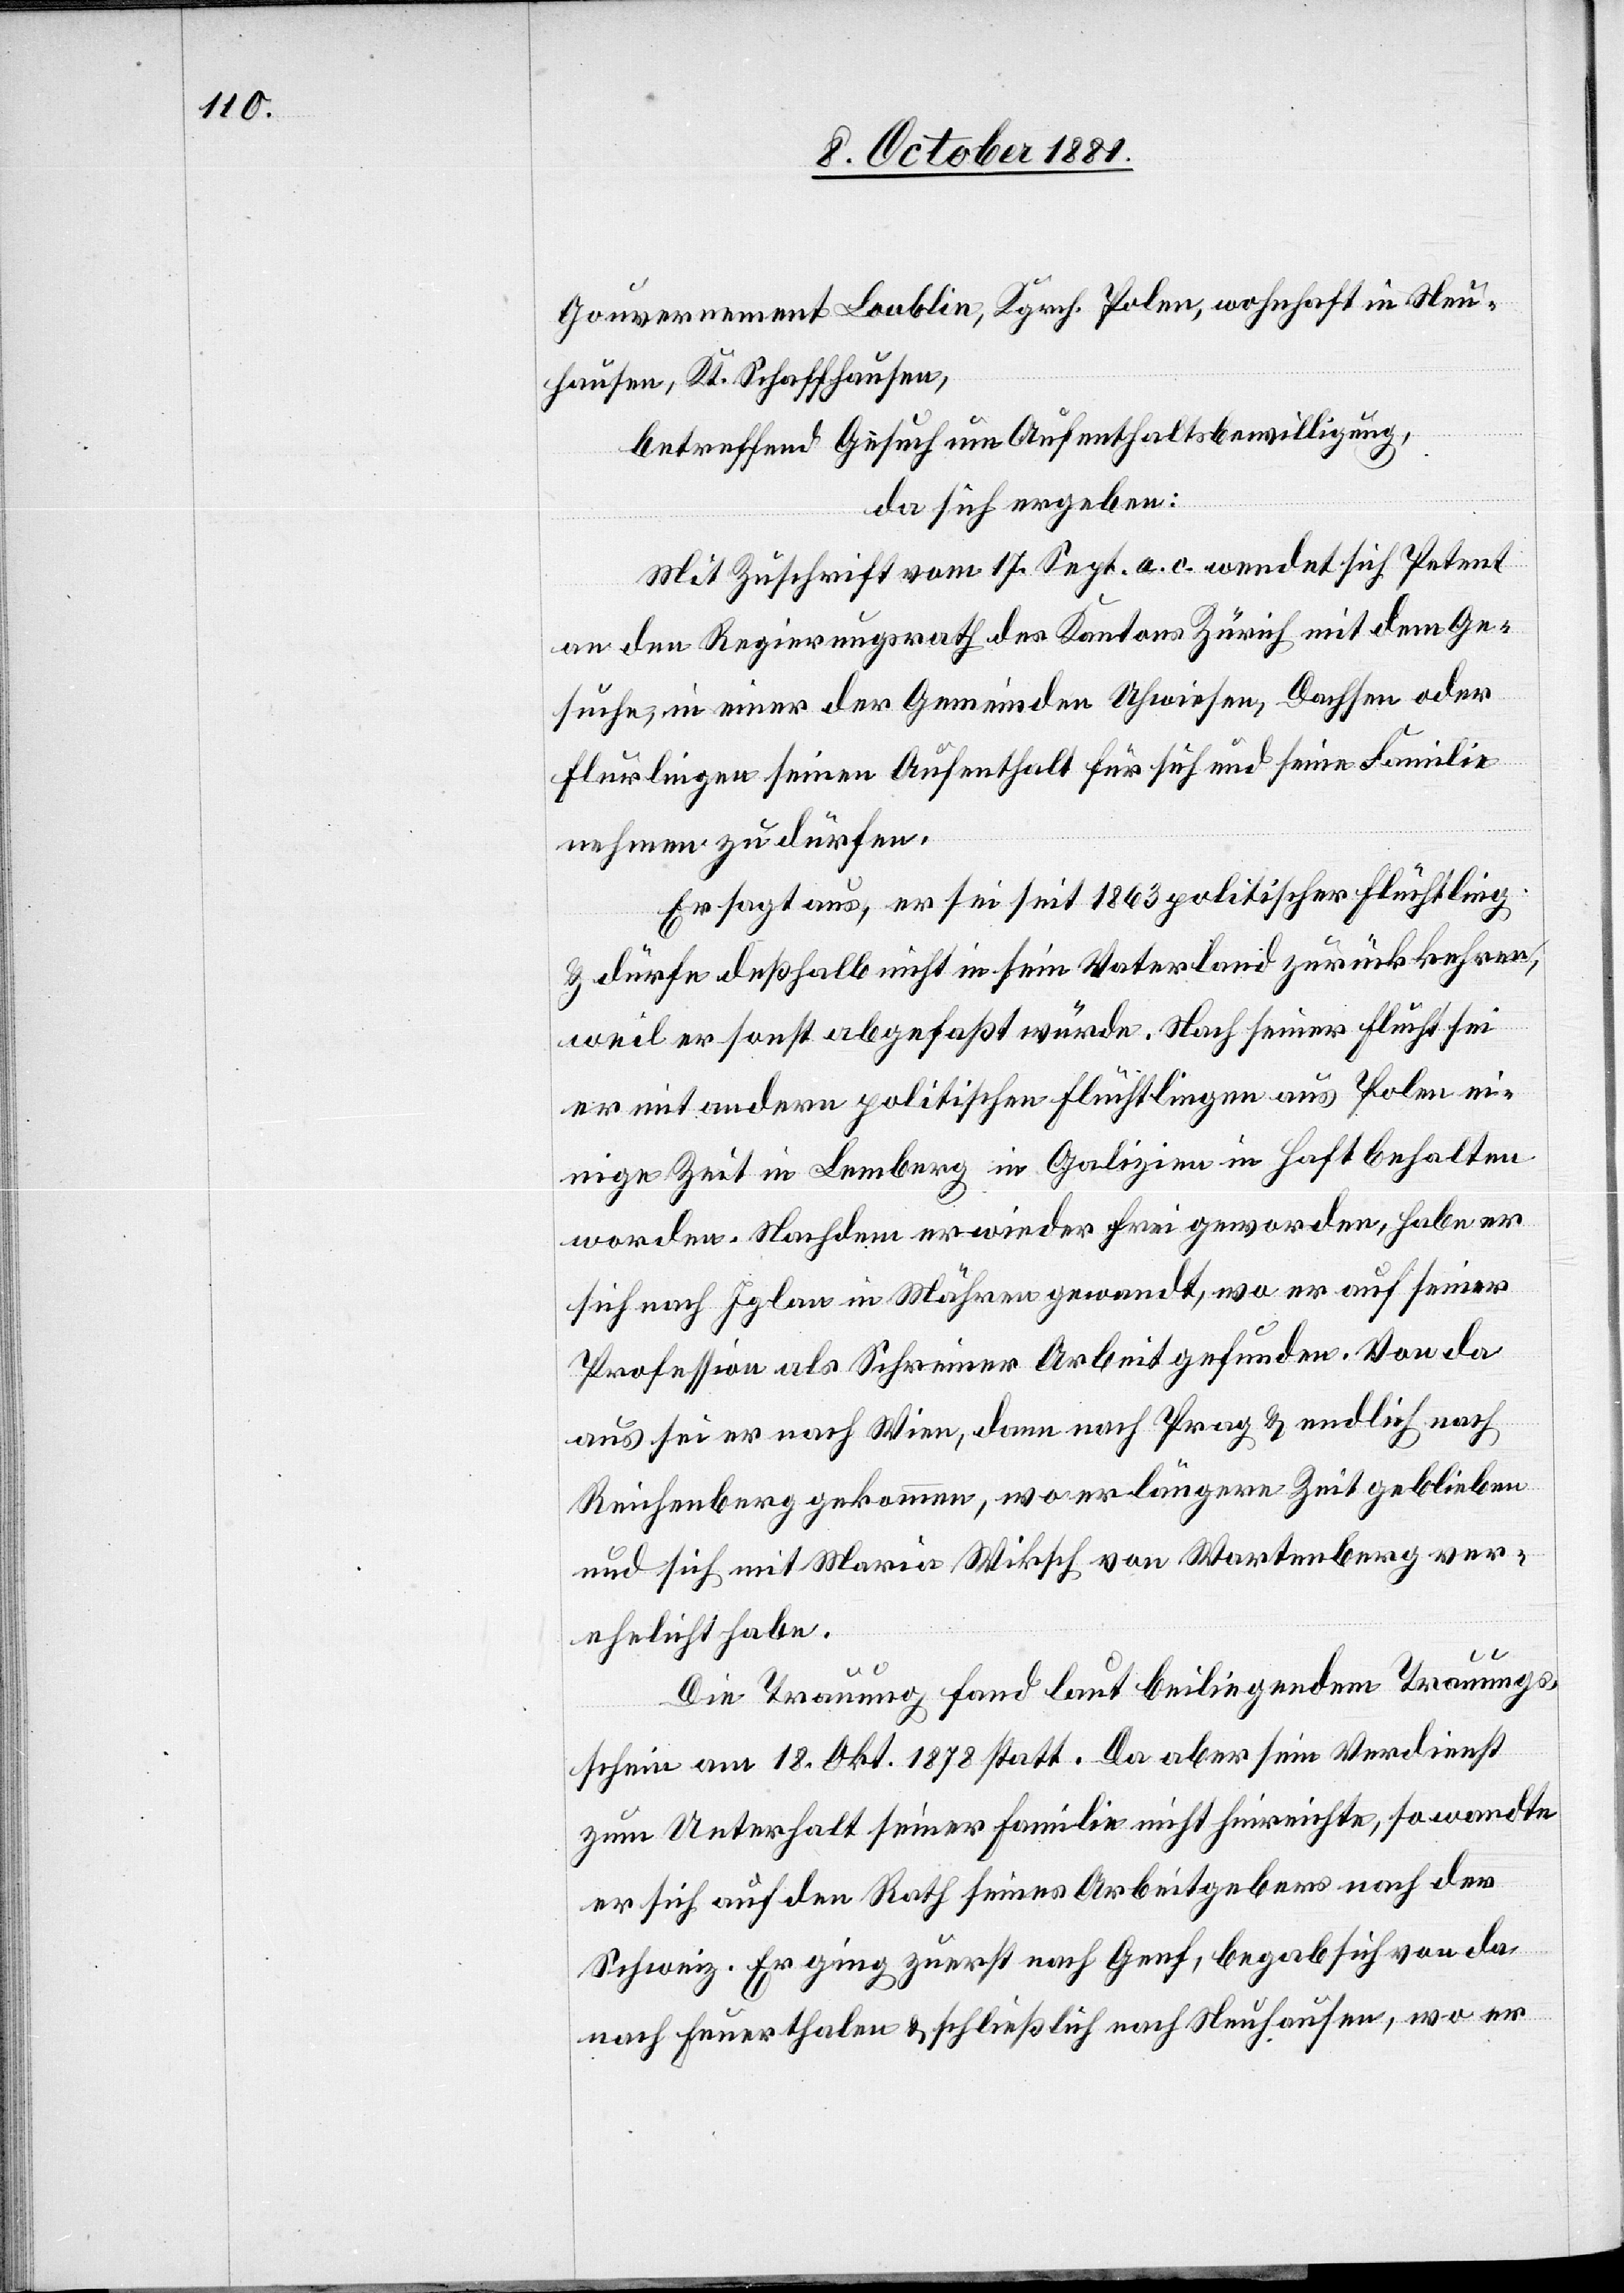
Gouvernement Loublin, Kgrch. Polen, wohnhaft in Neu¬
hausen, Kt. Schaffhausen,
betreffend Gesuch um Aufenthaltsbewilligung,
da sich ergeben:
Mit Zuschrift vom 17. Sept. a. c. wendet sich Petent
an den Regierungsrath des Kantons Zürich mit dem Ge¬
suche, in einer der Gemeinden Uhwiesen, Dachsen oder
Flurlingen seinen Aufenthalt für sich und seine Familie
nehmen zu dürfen.
Er sagt uns, er sei seit 1863 politischer Flüchtling
& dürfe deßhalb nicht in sein Vaterland zurückkehren,
weil er sonst abgefaßt würde. Nach seiner Flucht sei
er mit andern politischen Flüchtlingen aus Polen ei¬
nige Zeit in Lemberg in Galizien in Haft behalten
worden. Nachdem er wieder frei geworden, habe er
sich nach Iglau in Mähren gewandt, wo er auf seiner
Profession als Schreiner Arbeit gefunden. Von da
aus sei er nach Wien, dann nach Prag & endlich nach
Reichenberg gekommen, wo er längere Zeit geblieben
und sich mit Maria Wiksch von Wartenberg ver¬
ehelicht habe.
Die Trauung fand laut beiliegendem Trauungs¬
schein am 18. Okt. 1878 statt. Da aber sein Verdienst
zum Unterhalt seiner Familie nicht hinreichte, so wandte
er sich auf den Rath seines Arbeitgebers nach der
Schweiz. Er ging zuerst nach Genf, begab sich von da
nach Feuerthalen & schließlich nach Neuhausen, wo er